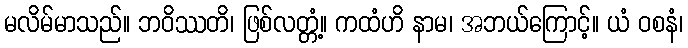
မလိမ်မာသည်။ ဘဝိဿတိ၊ ဖြစ်လတ္တံ့။ ကထံဟိ နာမ၊ အဘယ်ကြောင့်။ ယံ ဝစနံ၊